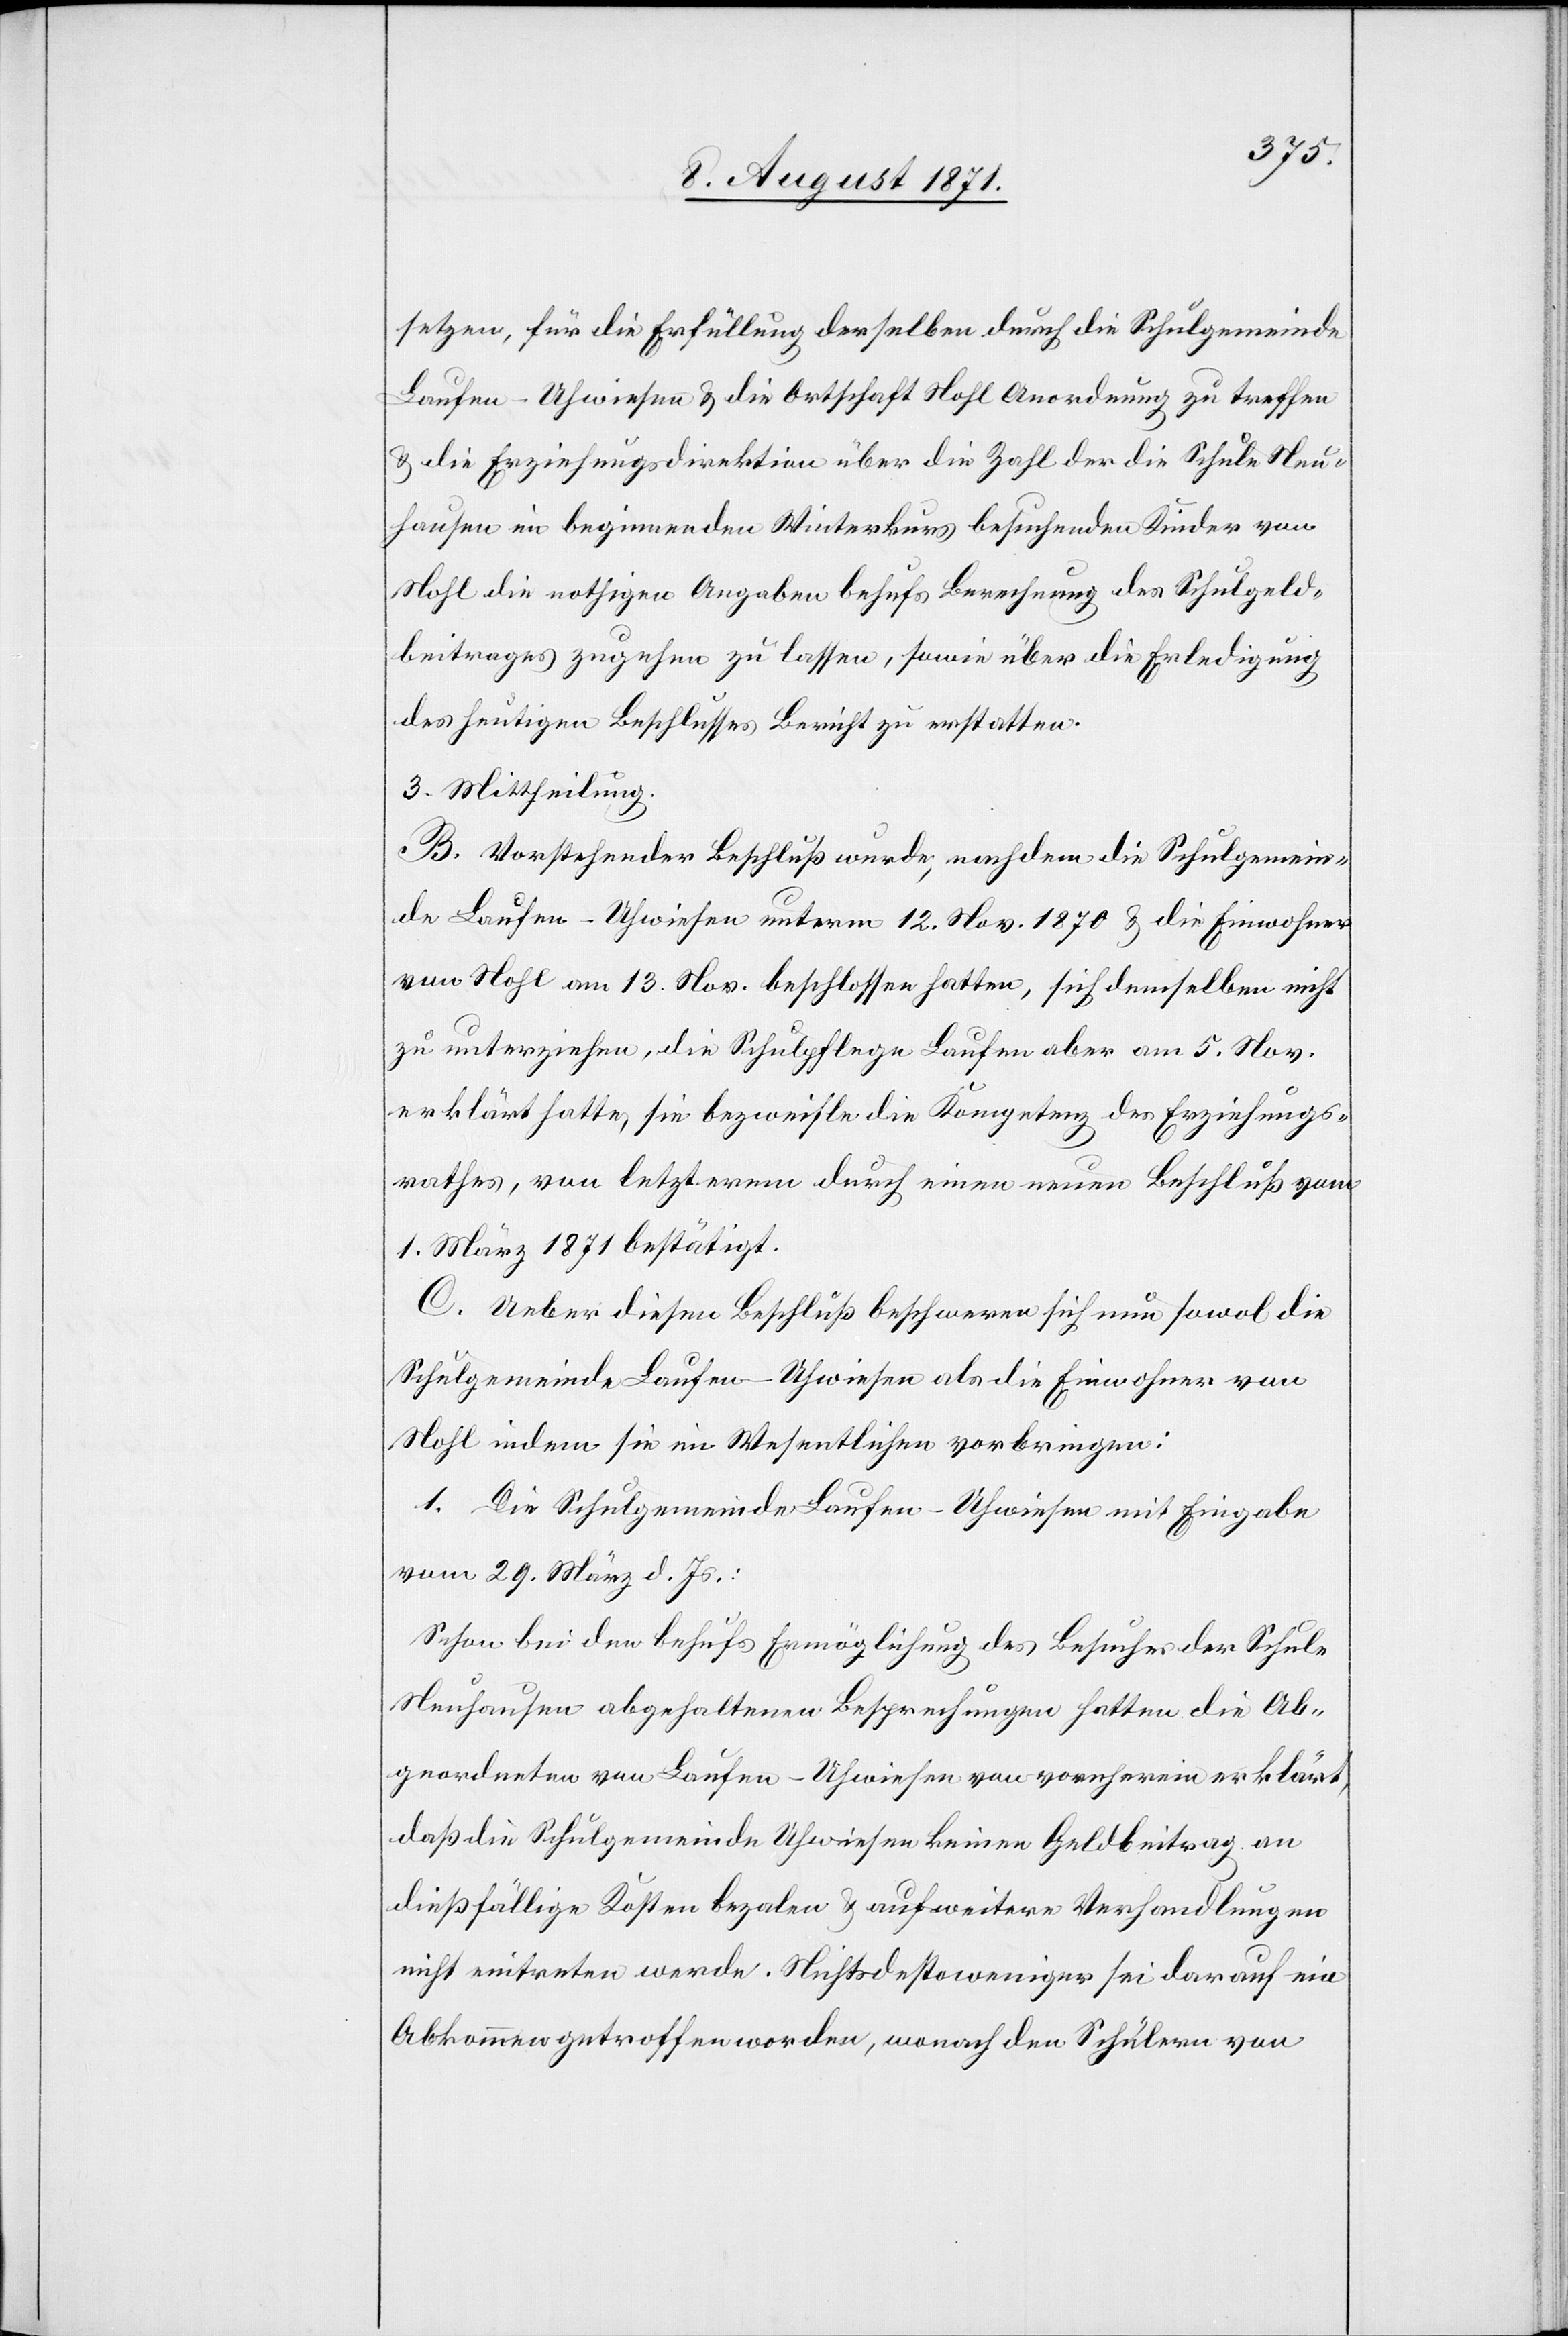
setzen, für die Erfüllung derselben durch die Schulgemeinde
Laufen-Uhwiesen u. die Ortschaft Nohl Anordnung zu treffen
u. die Erziehungsdirektion über die Zahl der die Schule Neu¬
hausen im beginnenden Winterkurs besuchenden Kinder von
Nohl die nothigen [sic!] Angaben behufs Berechnung des Schulgeld¬
beitrages zugehen zu lassen, sowie über die Erledigung
des heutigen Beschlusses Bericht zu erstatten.
3. Mittheilung.
B. Vorstehender Beschluß wurde, nachdem die Schulgemein¬
de Laufen-Uhwiesen unterm 12. Nov. 1870 u. die Einwohner
von Nohl am 13. Nov. beschlossen hatten, sich demselben nicht
zu unterziehen, die Schulpflege Laufen aber am 5. Nov.
erklärt hatte, sie bezweifle die Kompetenz des Erziehungs¬
rathes, von letzterem durch einen neuen Beschluß vom
1. März 1871 bestätigt.
C. Ueber diesen Beschluß beschweren sich nun sowol die
Schulgemeinde Laufen-Uhwiesen als die Einwohner von
Nohl indem sie im Wesentlichen vorbringen:
1. Die Schulgemeinde Laufen-Uhwiesen mit Eingabe
vom 29. März d. Js.:
Schon bei den behufs Ermöglichung des Besuches der Schule
Neuhausen abgehaltenen Besprechungen hatten die Ab¬
geordneten von Laufen-Uhwiesen von vornherein erklärt,
daß die Schulgemeinde Uhwiesen keinen Geldbeitrag an
dießfällige Kosten bezalen u. auf weitere Verhandlungen
nicht eintreten werde. Nichtsdestoweniger sei darauf ein
Abkommen getroffen worden, wonach den Schülern von